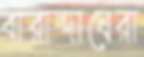
বারান্দাঘেরা